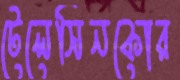
টেলেসিনকোর